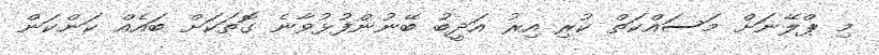
މި ޕްލޭނަށް މަސައްކަތް ކުރި އިރު އަދީބު ބޭނުންފުޅުވާނެ ގޮތަކަށް ބައެއް ކަންކަން